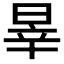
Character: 𣇛